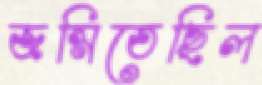
জন্মিতেছিল